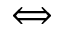
\Longleftrightarrow